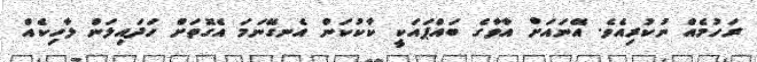
ރަހުމެއް ނުކުރިއެވެ. އޭނައަށް އާވާގެ ބައްޕައަކީ ކާކުކަން އެނގޭނަމަ އެގޮތަށް ހަދައިލަން ލާހިކެއް